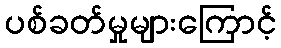
ပစ်ခတ်မှုများကြောင့်